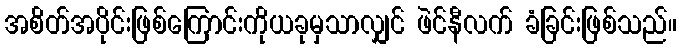
အစိတ်အပိုင်းဖြစ်ကြောင်းကိုယခုမှသာလျှင် ဖဲင်နီလက် ခံခြင်းဖြစ်သည်။